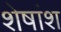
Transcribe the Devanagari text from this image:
शेषांश